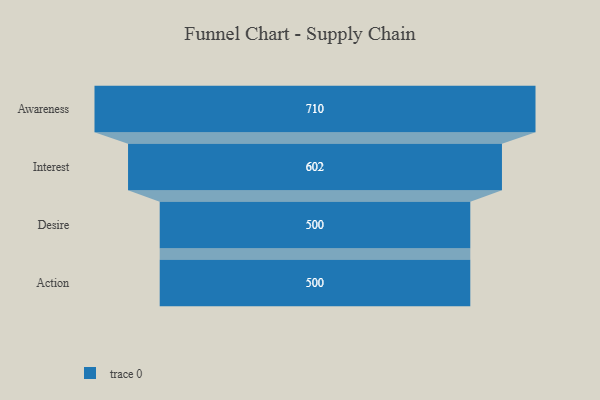
{"axis": {"x": "Stage", "y": "Value"}, "legend": [""], "data": [{"x": "Awareness", "y": 710.0, "type": ""}, {"x": "Interest", "y": 602.0, "type": ""}, {"x": "Desire", "y": 500, "type": ""}, {"x": "Action", "y": 500, "type": ""}]}